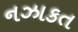
નઝાકત